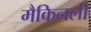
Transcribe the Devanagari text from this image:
मैकिनली